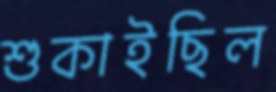
শুকাইছিল